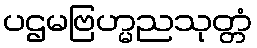
ပဌမဗြဟ္မညသုတ္တံ